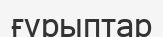
ғүрыптар